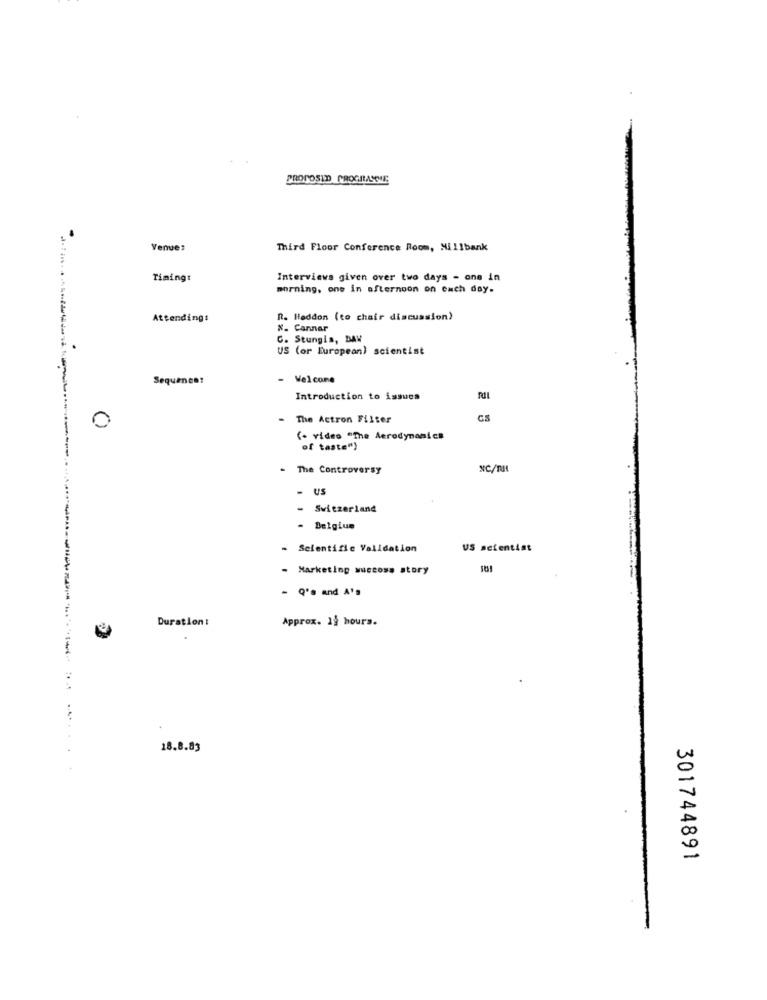
PROPOSED PROGRAMME
Venue:
Third Floor Conference Room, Nillbank
Timing:
Interviews given over two days - one in
morning, one in afternoon on each day.
Attending:
R. Heddon (to chair discussion)
X. Cannar
. .
C. Stungis, DAW
US (or European) scientist
Sequence:
- Welcome
Introduction to issues
The Actron Filter
C.S
0
(- video "The Aerodynamics
of taste")
The Controversy
NC/Tt
.
- Switzerland
- Belgium
- Scientific Validation
US scientist
- Marketing succosa story
- Q's and A's
Duration:
Approx. 19 hours.
18.8.83
301744891